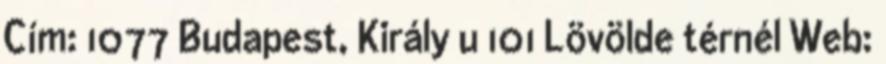
Cím: 1077 Budapest, Király u 101 Lövölde térnél Web: